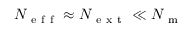
N _ { \mathrm { ~ e ~ f ~ f ~ } } \approx N _ { \mathrm { ~ e ~ x ~ t ~ } } \ll N _ { \mathrm { ~ m ~ } }